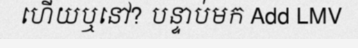
ហើយឬនៅ? បន្ទាប់មក Add LMV